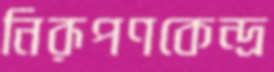
নিরূপণকেন্দ্র